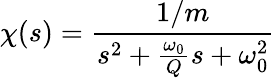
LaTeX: \chi(s)=\frac{1/m}{s^{2}+\frac{\omega_{0}}{Q}s+\omega_{0}^{2}}